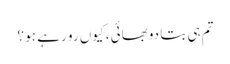
تم ہی بتا دوبھائی ، کیوں رو رہے ہو ؟